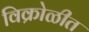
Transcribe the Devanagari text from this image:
विक्रोळीत